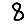
Digit: 8